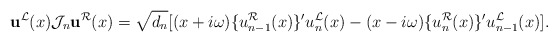
\begin{align*}\mathbf{u}^{\mathcal{L}}(x)\mathcal{J}_n \mathbf{u}^{\mathcal{R}}(x)=\sqrt{d_{n}}[(x+i\omega)\{u_{n-1}^{\mathcal{R}}(x)\}'u_{n}^{\mathcal{L}}(x)-(x-i\omega)\{u_{n}^{\mathcal{R}}(x)\}'u_{n-1}^{\mathcal{L}}(x)].\end{align*}